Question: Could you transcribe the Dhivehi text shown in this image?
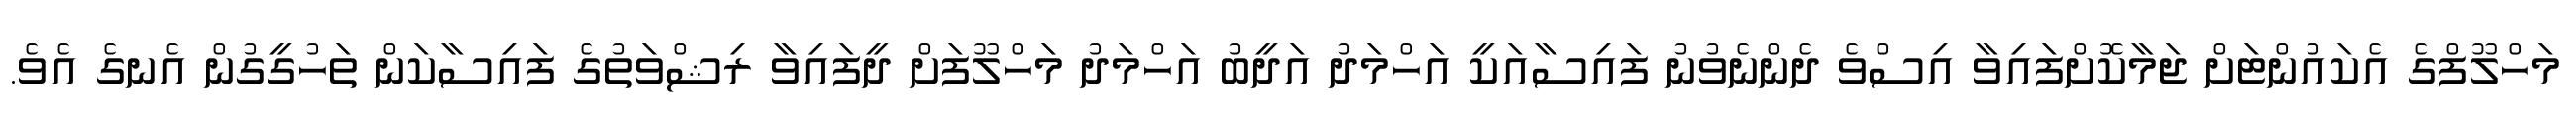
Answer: މަހްލޫފްގެ އެކައުންޓަށް ޖަމާކޮށްފައިވާ އިސްވެ ދެންނެވުނު ފައިސާއަކީ އަހްމަދު އަދީބު އަހްމަދު މަހްލޫފަށް ދީފައިވާ ރިޝްވަތުގެ ފައިސާކަން ތަހުގީގުން އެނގެ އެވެ.